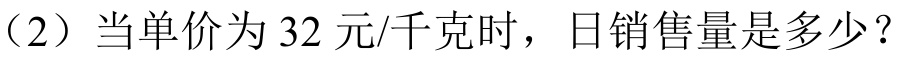
（2）当单价为 \(32\) 元/千克时，日销售量是多少？